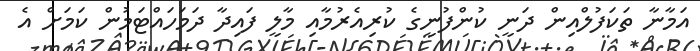
އަމާނާ ތަކަފުލްއިން ދަނީ ކުންފުނީގެ ކުރިއެރުމާއި މާލީ ފައިދާ ދަމަހައްޓަމުން ކަމަށް އެ